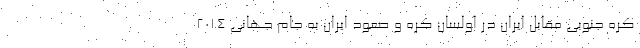
کره جنوبی مقابل ایران در اولسان کره و صعود ایران به جام جهانی ۲۰۱۴